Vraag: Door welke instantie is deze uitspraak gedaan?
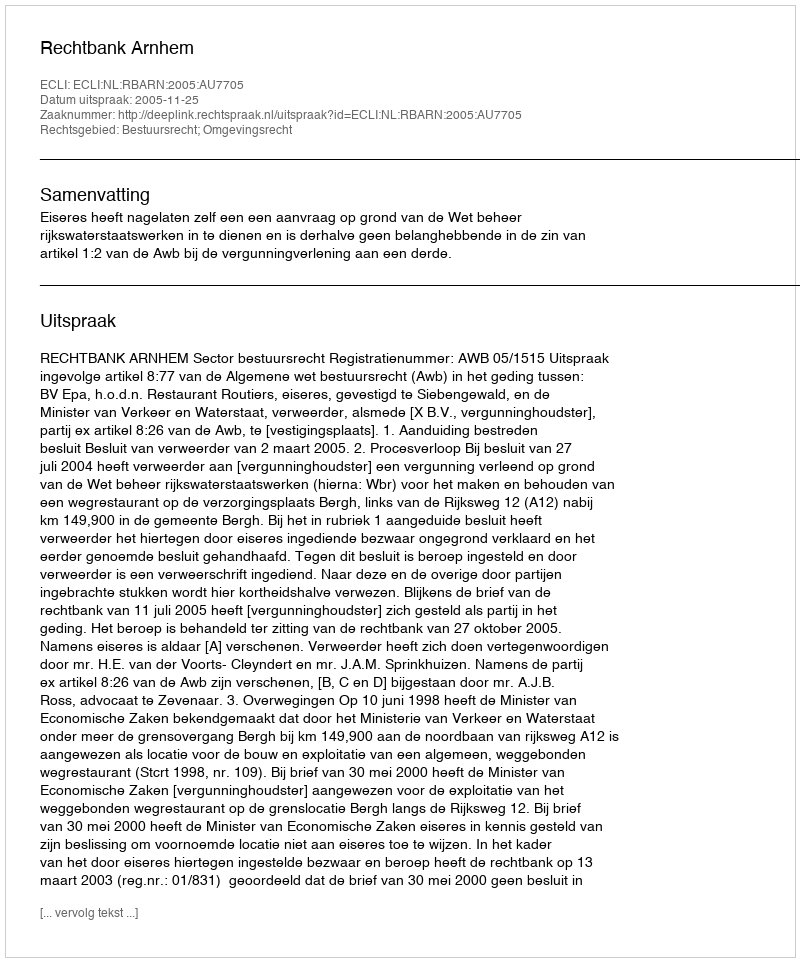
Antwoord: Rechtbank Arnhem